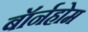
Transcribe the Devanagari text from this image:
बॉर्नहोम